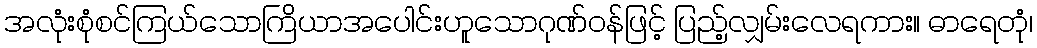
အလုံးစုံစင်ကြယ်သောကြိယာအပေါင်းဟူသောဂုဏ်ဝန်ဖြင့် ပြည့်လျှမ်းလေရကား။ ဓာရေတုံ၊